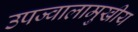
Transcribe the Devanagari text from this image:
उपज्वालामुखीय